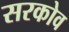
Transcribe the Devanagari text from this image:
सरकोव